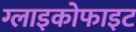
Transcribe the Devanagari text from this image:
ग्लाइकोफाइट